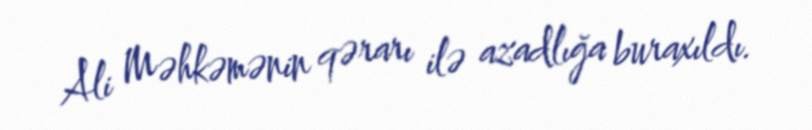
Ali Məhkəmənin qərarı ilə azadlığa buraxıldı.